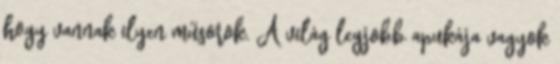
hogy vannak ilyen műsorok. A világ legjobb apukája vagyok